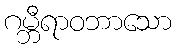
ဂမ္ဘီရာဝဘာသော